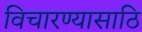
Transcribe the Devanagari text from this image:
विचारण्यासाठि